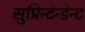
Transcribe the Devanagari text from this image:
सुप्रिन्टेन्डेन्ट